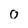
Character: 0